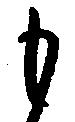
も